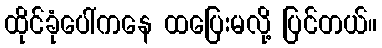
ထိုင်ခုံပေါ်ကနေ ထပြေးမလို့ ပြင်တယ်။